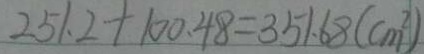
2 5 1 . 2 + 1 0 0 . 4 8 = 3 5 1 . 6 8 ( c m ^ { 2 } )